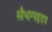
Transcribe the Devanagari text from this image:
सौभाग्यहृदय